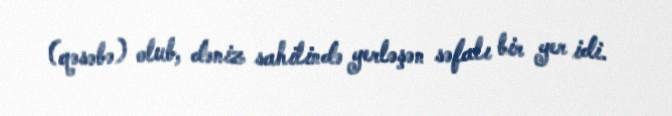
(qəsəbə) olub, dəniz sahilində yerləşən səfalı bir yer idi.